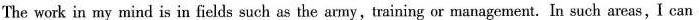
The work in my mind is in fields such as the army,training or management.In such areas,I can